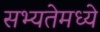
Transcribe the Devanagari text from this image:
सभ्यतेमध्ये